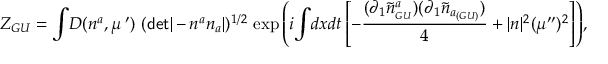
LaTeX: { \cal Z } _ { G U } = { \displaystyle \int } { \cal D } ( n ^ { a } , \mu ^ { \; \prime } ) ~ ( { \sf d e t } | - n ^ { a } n _ { a } | ) ^ { 1 / 2 } ~ { \exp { \left( i { \displaystyle \int } d x d t \left[ - \frac { \displaystyle ( \partial _ { 1 } { \widetilde n } _ { _ { G U } } ^ { a } ) ( \partial _ { 1 } { \widetilde n } _ { a _ { ( G U ) } } ) } { \displaystyle 4 } + | n | ^ { 2 } ( \mu ^ { \prime \prime } ) ^ { 2 } \right] \right) } } ,